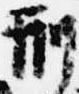
刑